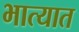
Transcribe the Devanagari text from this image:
भात्यात